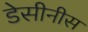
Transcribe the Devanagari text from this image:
डेसीनीस